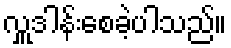
လှူဒါန်းစေခဲ့ပါသည်။